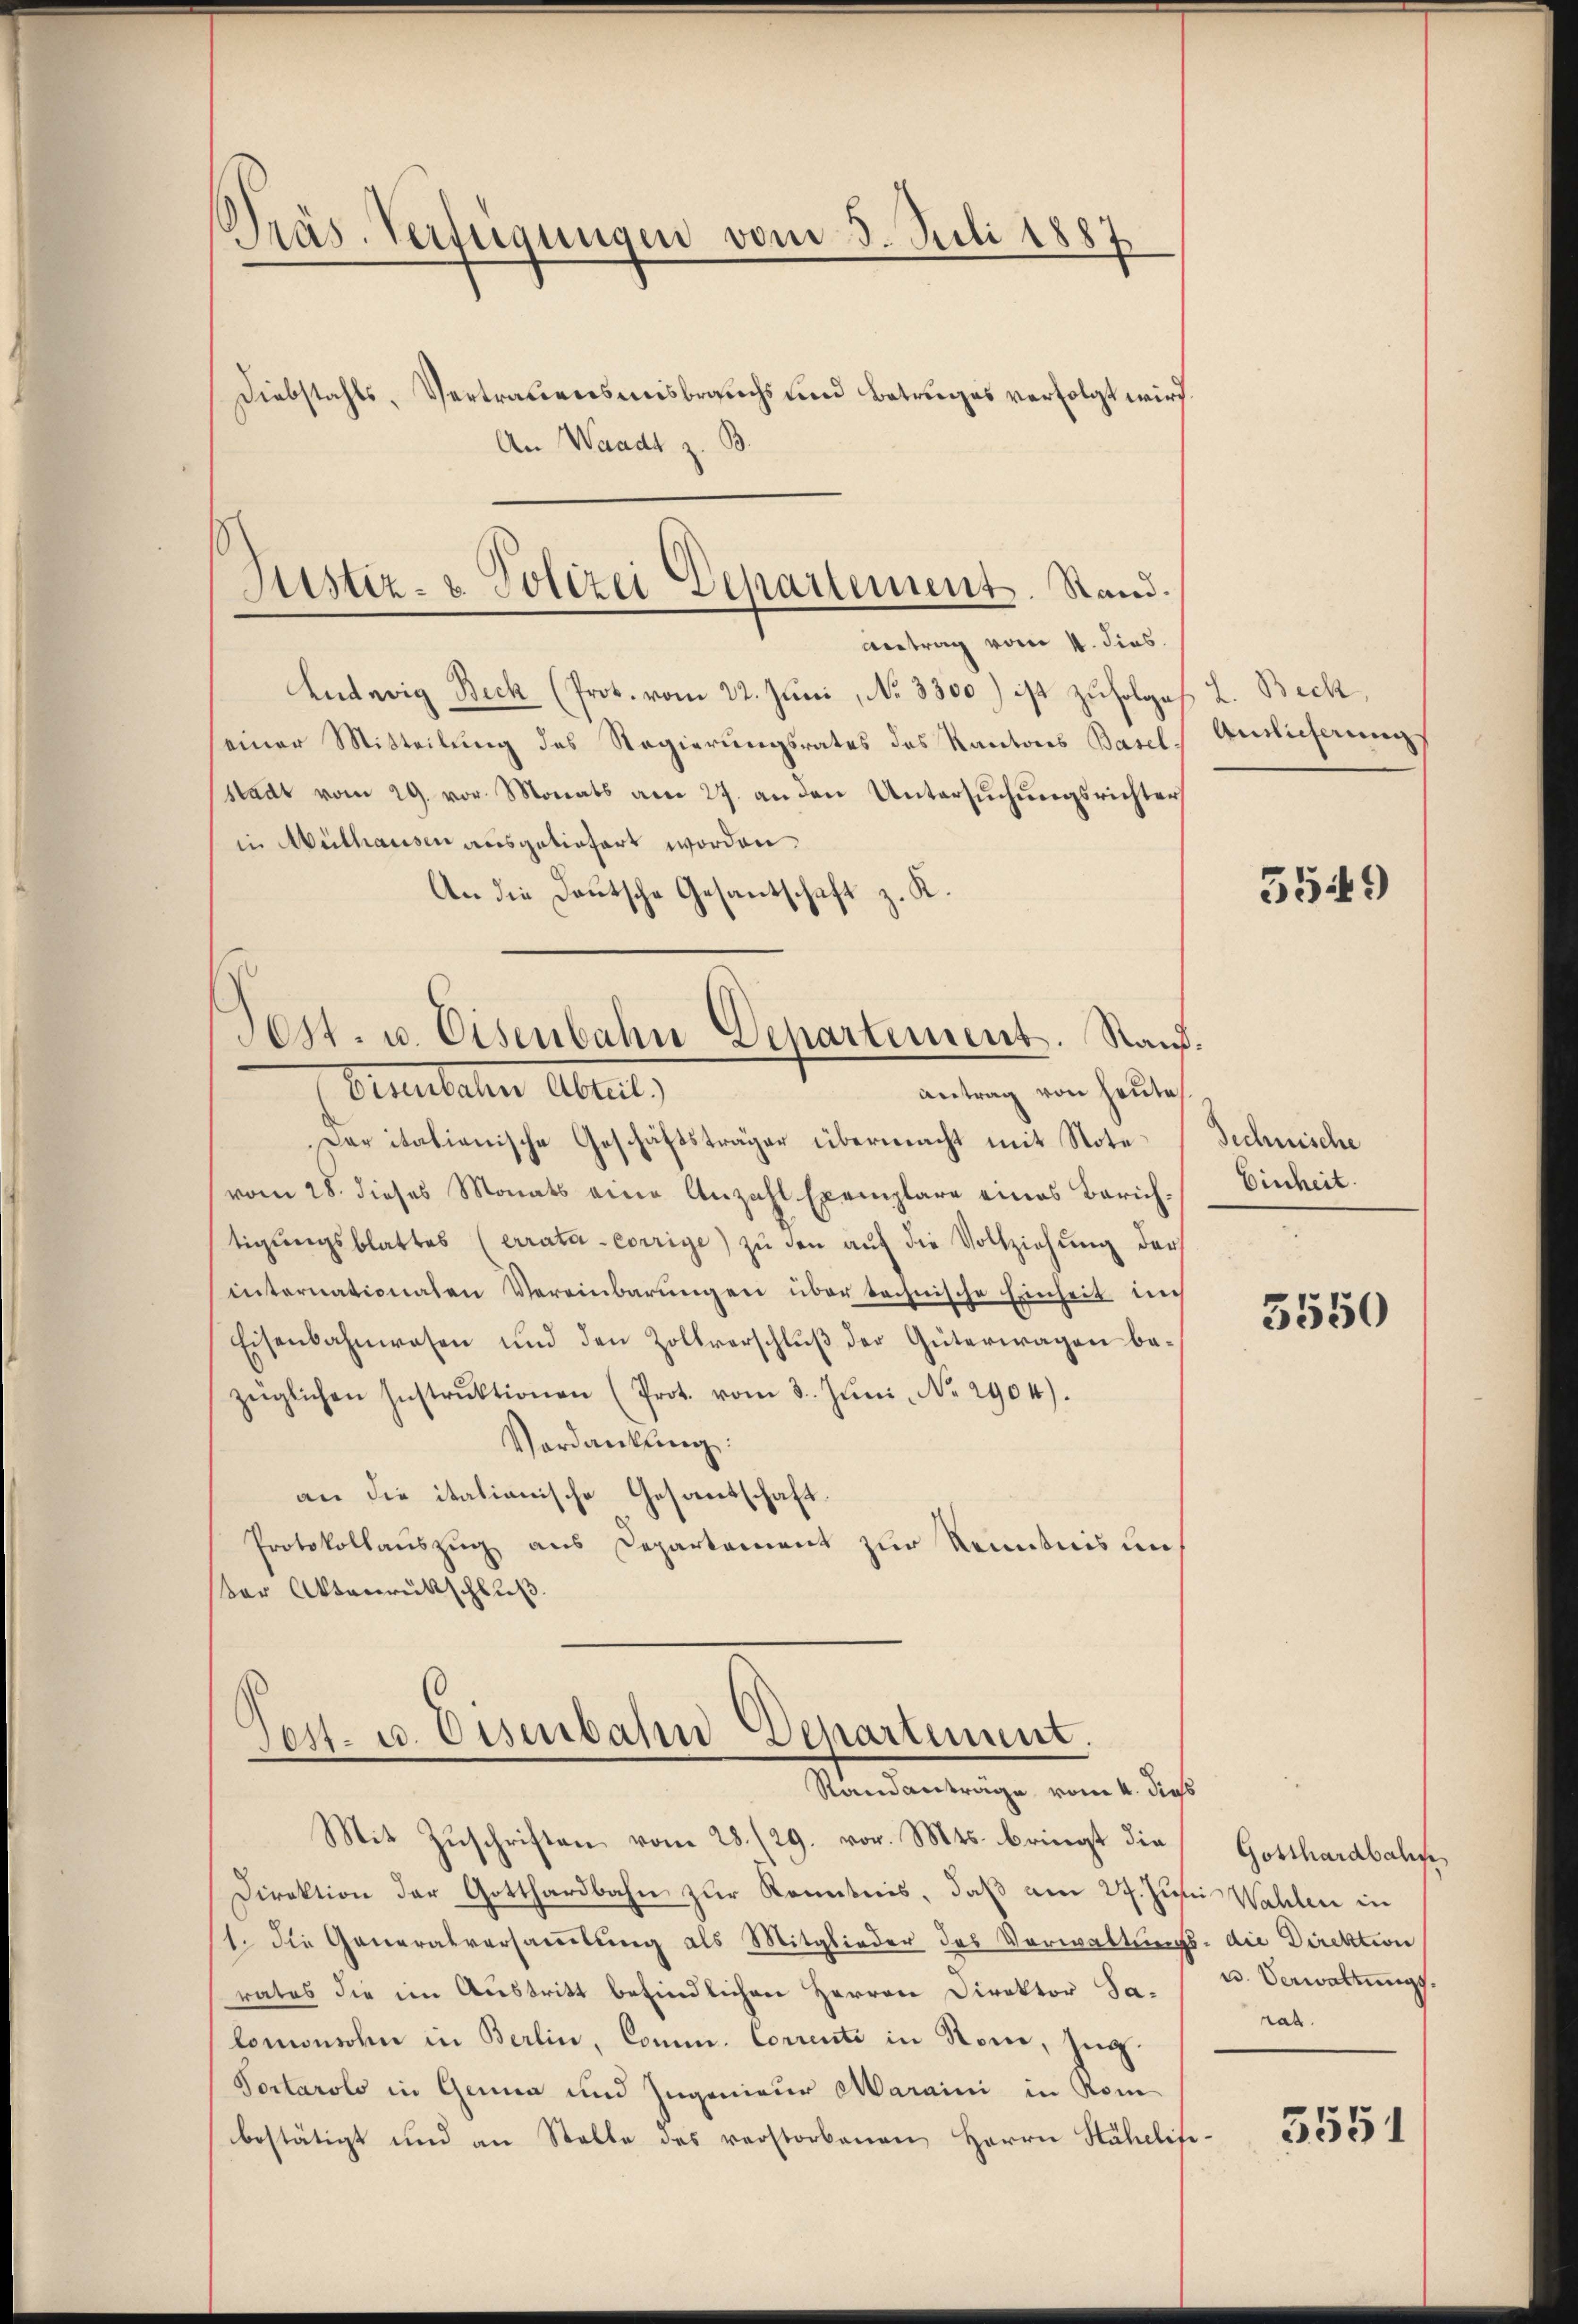
Präs. Verfügungen vom 3. Juli 1887
Diebstahls, Vertrauensmisbrauchs und Betruges verfolgt wird.
An Waadt z. B.

Ludwig Beck (Prot. vom 22. Juni, No 3300) ist zufolge
einer Mitteilung des Regierungsrates des Kantons Basel
stadt vom 29. vor Monats am 27. an den Untersuchungsrichter
in Mülhausen ausgeliefert worden.
An die Deutsche Gesantschaft z. K.

Justiz- & Polizei Departement. Stand.
Antrag vom 4. dies

Der italienische Geschäftsträger übermacht mit Note
(vom 28. dieses Monats eine Anzahl Exemplare eines Zürichtigŭngsblattes (errata-Corrige zŭ den aŭf die Vollziehung der
internationalen Vereinbarungen über technische Einheit im
Eisenbahnwesen und den Zollverschluß der Güterwagen bezüglichen Instrŭktionen (Prot. vom 3. Jŭni No. 2904).
Verdankung:
an die italianische Gesantschaft.
Protokollauszug aus Departement zur Kenntnis uner Aktenrückschluß

Post- u. Eisenbahn Departement. Rand.
Brauten Abrut,
antrag von heute

Sest- u. Eisenbahn Departement.
Randanträge vom 4. dies

L. Beck,
Auslieferung

Mit Zuschriften vom 28. (29. vor. Mts. bringt die
Direktion der Gotthardbahn zur Kenntnis, daß am 27. Julii Wahlen in
1. Die Generalversammlung als Mitglieder des Verwaltungs- die Direktion
rates die im Austritt befindlichen Herren Direktor Jalomonsolen in Berlin, Comm. Correnti in Stone, Ing.
Portarolo in Genua und Ingenieur Maraini in Rom
bestätigt und an Stelle des verstorbenen Herrn Hähelite-

5549

Technische
Einheit.

5550

Gotthardbah
u. Verwaltungsrat.

3551